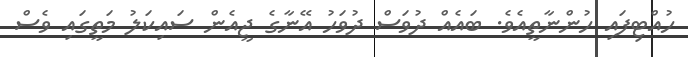
ހުއްޓިފައި ހުންނާތީއެވެ. ބައެއް ދުވަސް ދުވަހު އޭނާގެ ޖީއެން ސައިކަލު މަތީގައި ވެސް